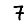
Digit: 7